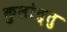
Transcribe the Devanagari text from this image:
कुलोत्तु